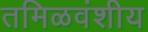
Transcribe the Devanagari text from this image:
तमिळवंशीय